Indian journal of veterinary science and animal husbandry - Volumes 26-27, 1956-1957
Year: 1956
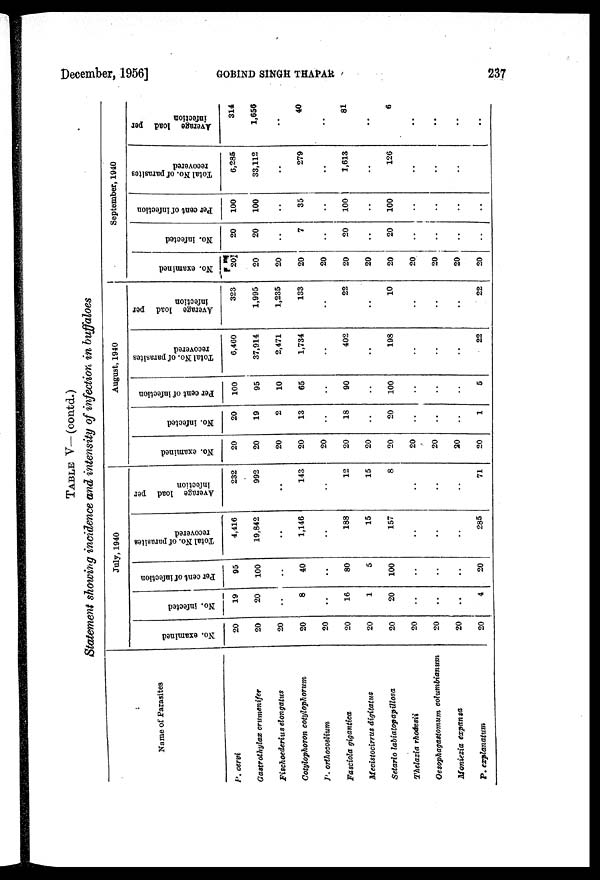
December, 1956]
GOBIND
SINGH
THAPAR
237
TABLE V—(contd.)
Statement showing incidence and intensity of infection in buffaloes
Name of Parasites
P. cervi
Gastrothylax crumenifer
Fischoederius elongatus
Cotylophoron cotylophorum
P. orthocoelium
Fasciola gigantica
Mecistocirrus digitatus
Setario labiatopapillosa
Thelazia rhodesii
Oesophagastomum
columbianum
Moniezia expansa
P. explanatum
July, 1940
No. examined
20
20
20
20
20
20
20
20
20
20
20
20
No. infected
19
20
..
8
..
16
1
20
..
..
..
4
Per cent of infection
95
100
..
40
..
80
5
100
..
..
..
20
Total No. of parasites
recovered
4,416
19,842
..
1,146
..
188
15
157
..
..
..
285
Average load per
infection
232
992
..
143
..
12
15
8
..
..
..
71
August, 1940
No. examined
20
20
20
20
20
20
20
20
20
20
20
20
No. infected
20
19
2
13
..
18
..
20
..
..
..
1
Per cent of infection
100
95
10
65
..
90
..
100
..
..
..
5
Total No. of parasites
recovered
6,460
37,914
2,471
1,734
..
402
..
198
..
..
..
22
Average load per
infection
323
1,995
1,235
133
..
22
..
10
..
..
..
22
September, 1940
No. examined
20
20
20
20
20
20
20
20
20
20
20
20
No. infected
20
20
..
7
..
20
..
20
..
..
..
..
Per cent of infection
100
100
..
35
..
100
..
100
..
..
..
..
Total No. of parasites
recovered
6,285
33,112
..
279
..
1,613
..
126
..
..
..
..
Average load per
infection
314
1,656
..
40
..
81
..
6
..
..
..
..